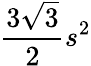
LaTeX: \frac{3\sqrt{3}}{2}s^{2}